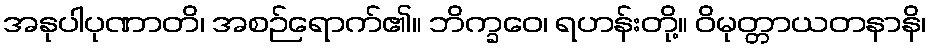
အနုပါပုဏာတိ၊ အစဉ်ရောက်၏။ ဘိက္ခဝေ၊ ရဟန်းတို့။ ဝိမုတ္တာယတနာနိ၊